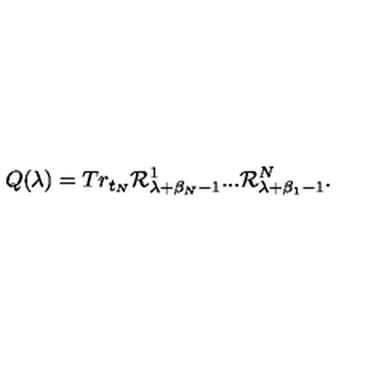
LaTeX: Q ( \lambda ) = T r _ { t _ { N } } { \cal R } _ { \lambda + \beta _ { N } - 1 } ^ { 1 } . . . { \cal R } _ { \lambda + \beta _ { 1 } - 1 } ^ { N } .